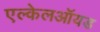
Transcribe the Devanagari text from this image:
एल्केलऑयड